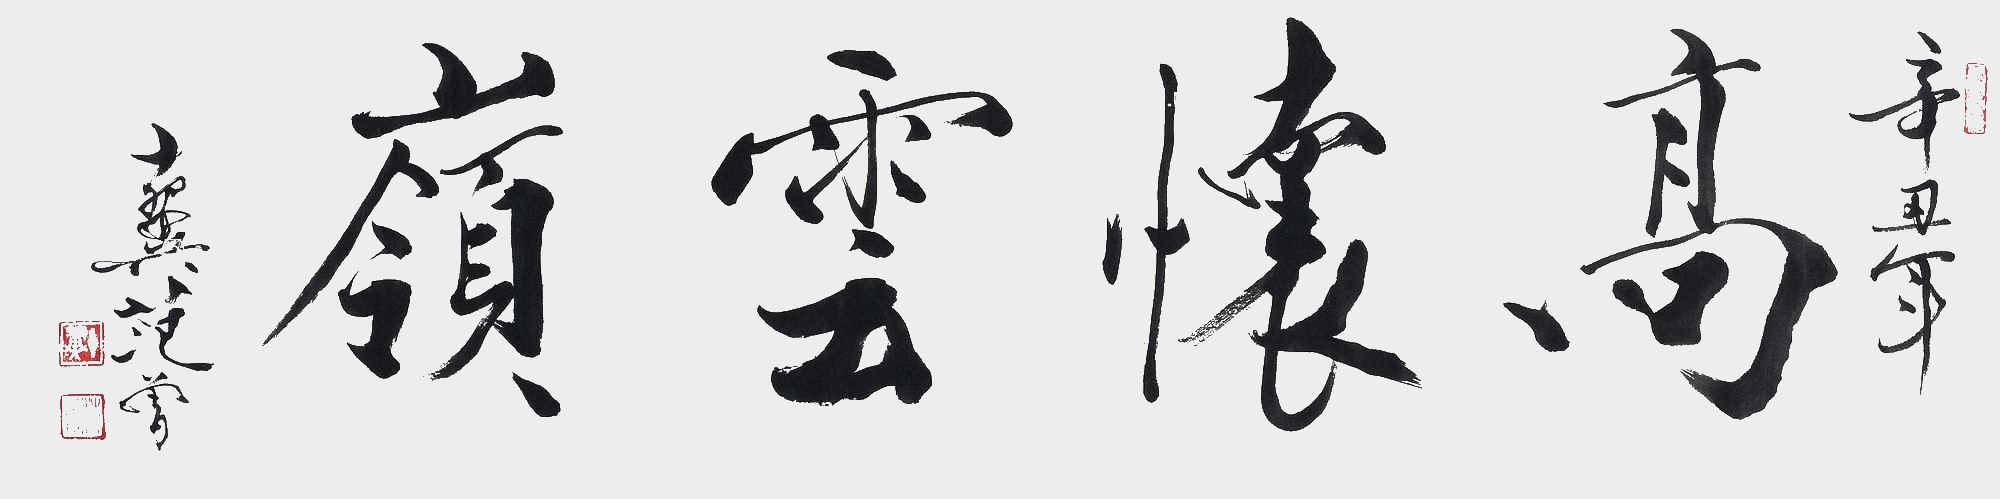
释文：高怀云岭。辛丑年，十翼范曾。